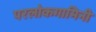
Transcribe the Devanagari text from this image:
परलोकगामिनी